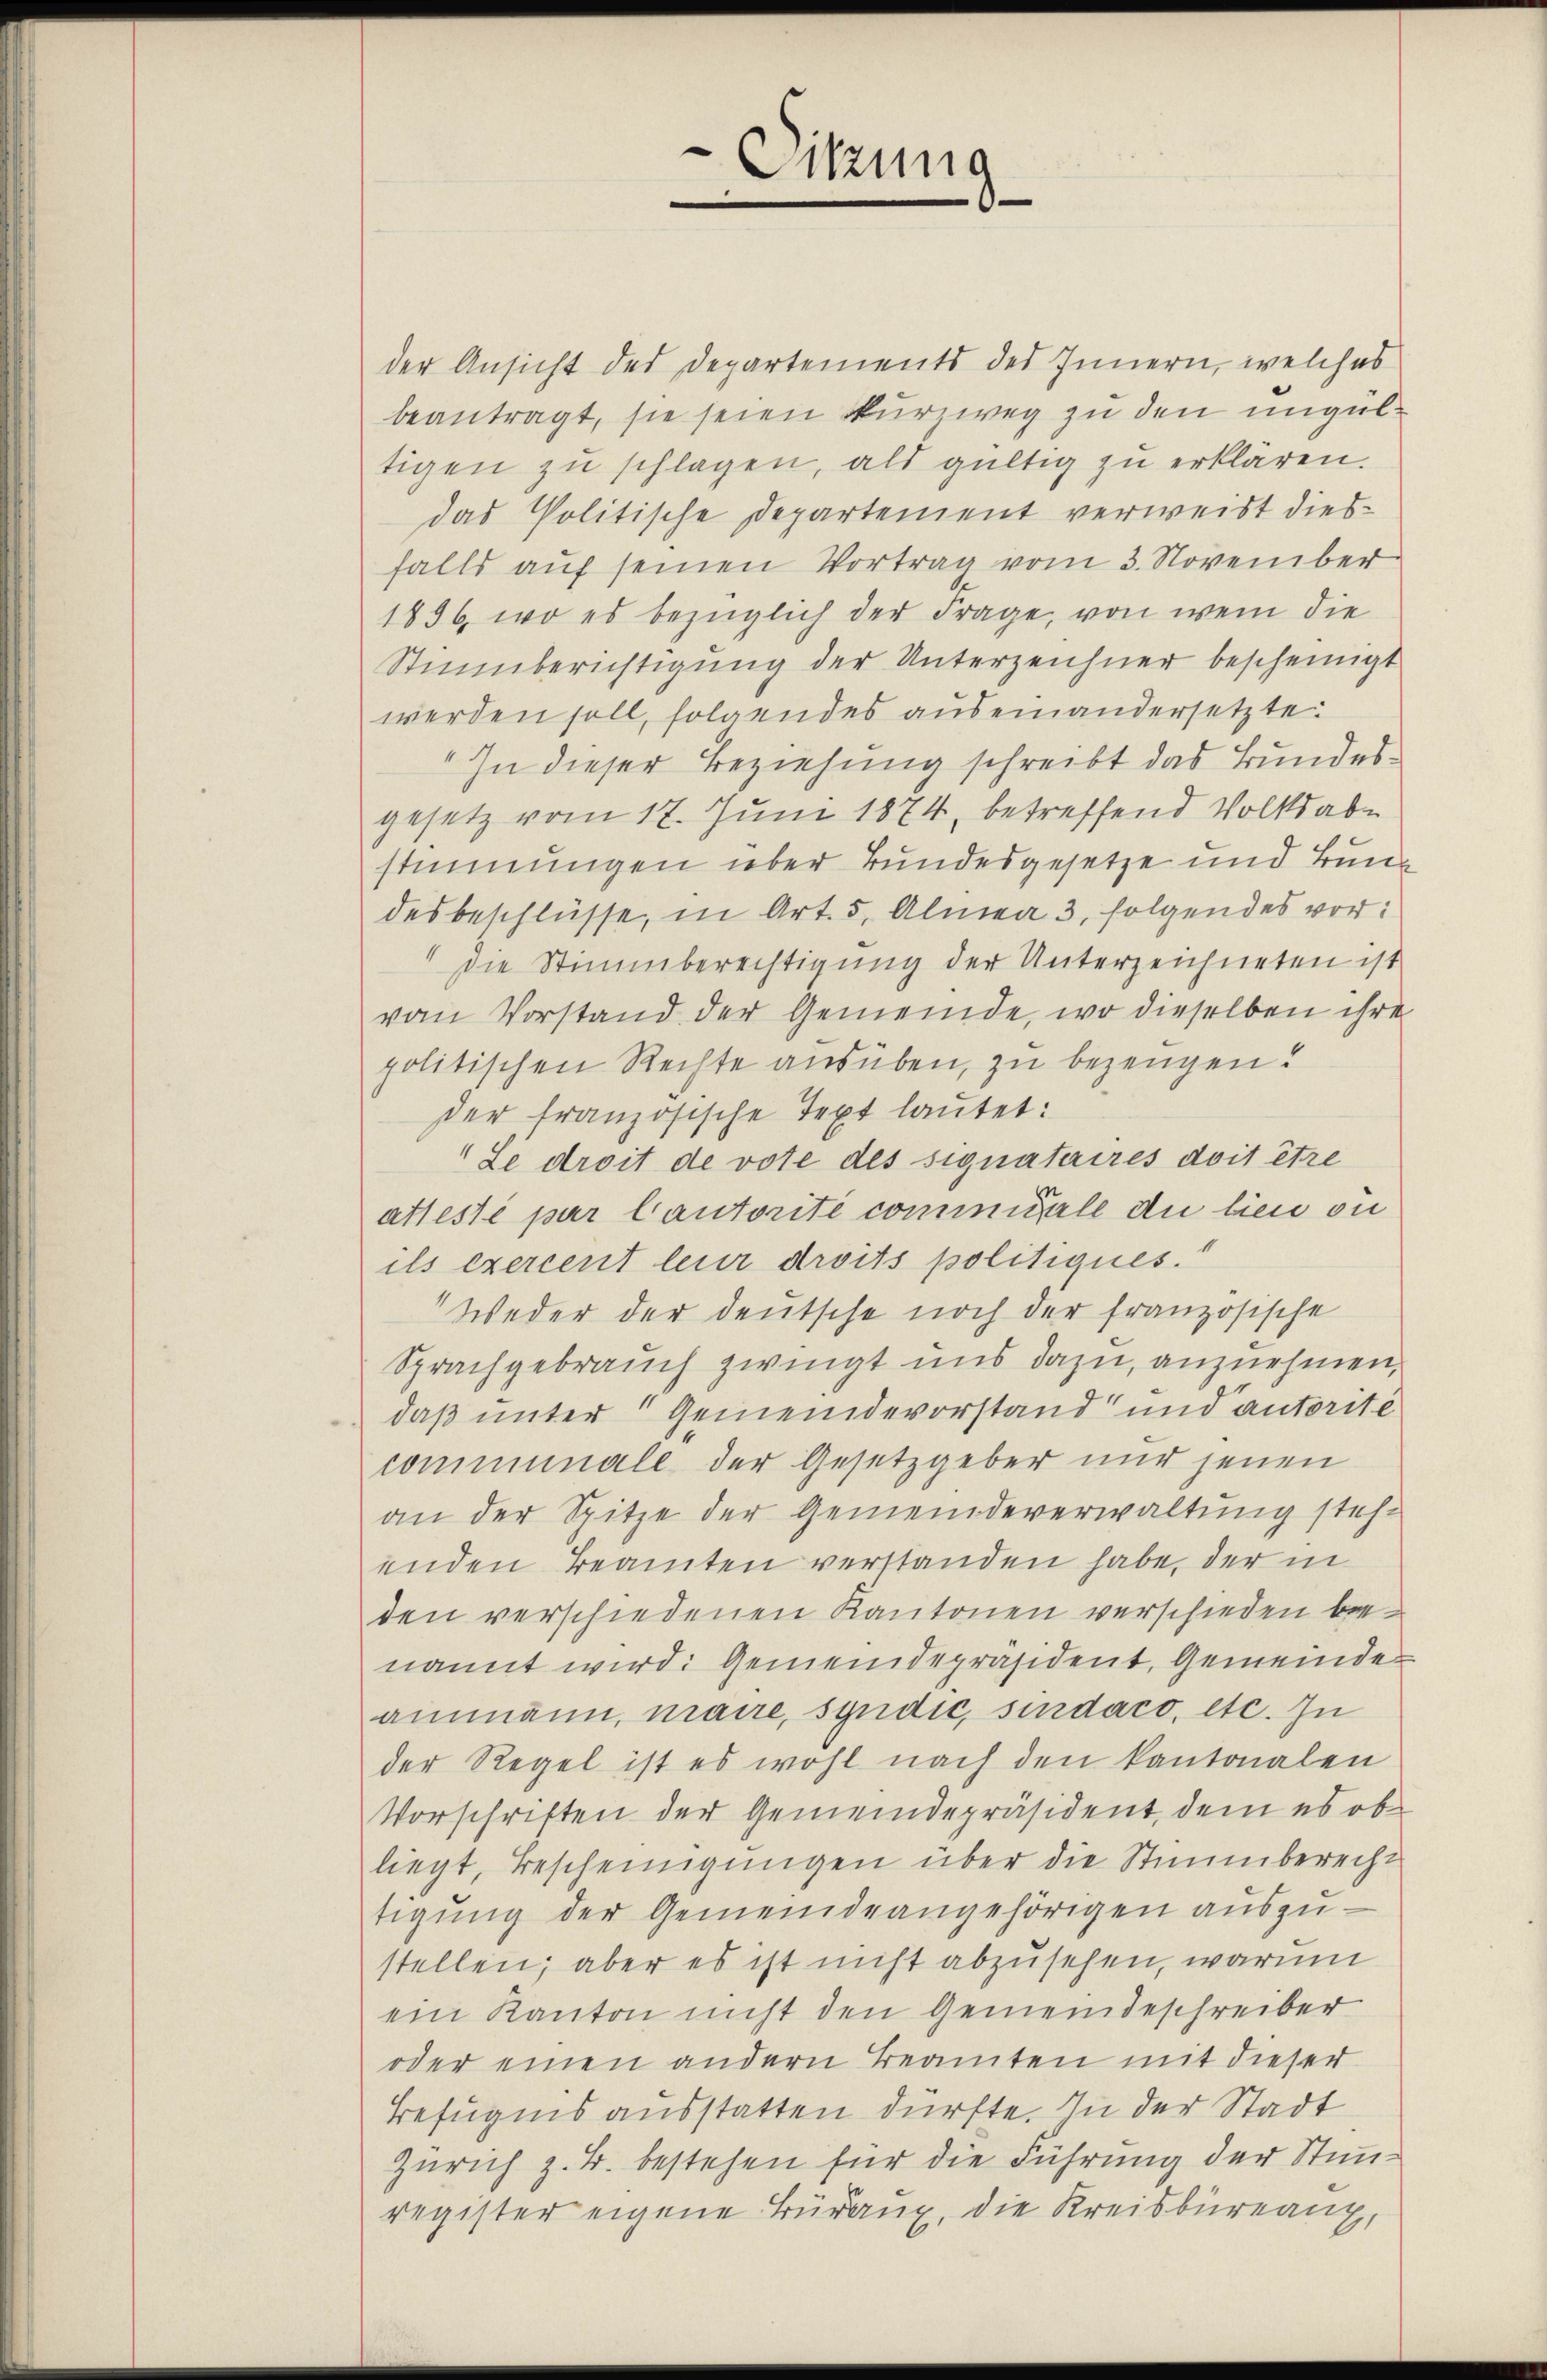
der Ansicht des Departements des Innern, welches
beantragt, sie seien Kurzweg zu den ungültigen zŭ schlagen, als gültig zu erklären.
das Politische Departement verweist diesfalls aŭf seinen Vortrag vom 3. November
1896, wo es bezüglich der Frage, von wem die
Stuberichtigung der Unterzeichner bescheinigt
werden soll, folgendes auseinandersetzte
In dieser Beziehung schreibt das Bundesgesetz vom 17. Juni 1874, betreffend Volksabe
stimmungen über Bundesgesetze und Bund
desbeschlüsse, in Art. 5, Almea 3. folgendes vor:
" die Stimmberechtigung der Unterzeichneten ist
vom Vorstand der Gemeinde, wo dieselben ihre
politischen Rechte ausüben, zu bezeugen.
der französische Text lautet:
Le droit de vote des signataires doit être
atteste par Cautorité commigale du lieu ou
ils exercent leur droits politiques.
Weder der deutsche noch der französische
Sprachgebrauch zwingt uns dazu, anzuehmen,
daß unter Gemeindevorstand und autorité
communale der Gesetzgeber nur jenen
an der Spitze der Gemeindeverwaltung stehe
enden Beamten verstanden habe, der in
den verschiedenen Kantonen verschieden bee
nannt wird: Gemeindepräsident, Gemeindeammann, mane, syndic, sindaco, etc. In
der Regel ist es wohl nach den kantonalen
Vorschriften der Gemeindepräsident, dem es ob
liegt, Bescheinigungen über die Stimmberecht
tigung der Gemeindeangehörigen auszustellen; aber es ist nicht abzusehen, warum
ein Kanton nicht den Gemeindeschreiber
oder einen andern Beamten mit dieser
Befugnis ausstatten dürfte. In der Stadt
Zürich z. B. bestehen für die Führung der Stimmregister eigene Bürang, die Kreisbureaux,

Sitzung
n